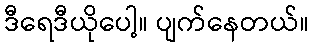
ဒီရေဒီယိုပေါ့။ ပျက်နေတယ်။